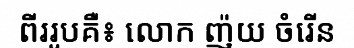
ពីររូបគឺ៖ លោក ញ៉យ ចំរើន